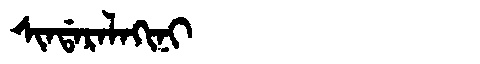
Manchu: ᠰᡳᠨᡩᠠᡵᠠᠯᠠᡴᡳᠨᡳ
Romanization: SINDARALAKINI